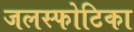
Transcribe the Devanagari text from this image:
जलस्फोटिका